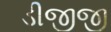
ડીજીજી